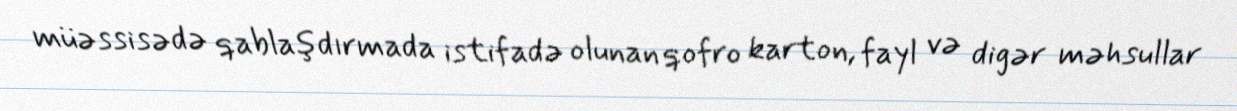
müəssisədə qablaşdırmada istifadə olunan qofro karton, fayl və digər məhsullar